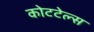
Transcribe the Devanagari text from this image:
कोटटेल्स